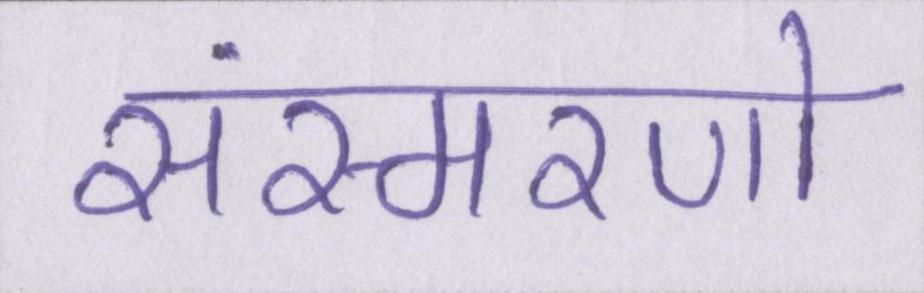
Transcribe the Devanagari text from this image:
संस्मरणो